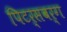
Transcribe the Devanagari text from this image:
पिटर्सबर्ग